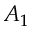
A _ { 1 }